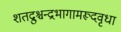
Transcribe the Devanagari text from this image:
शतद्रुश्चन्द्रभागामरूदवृधा